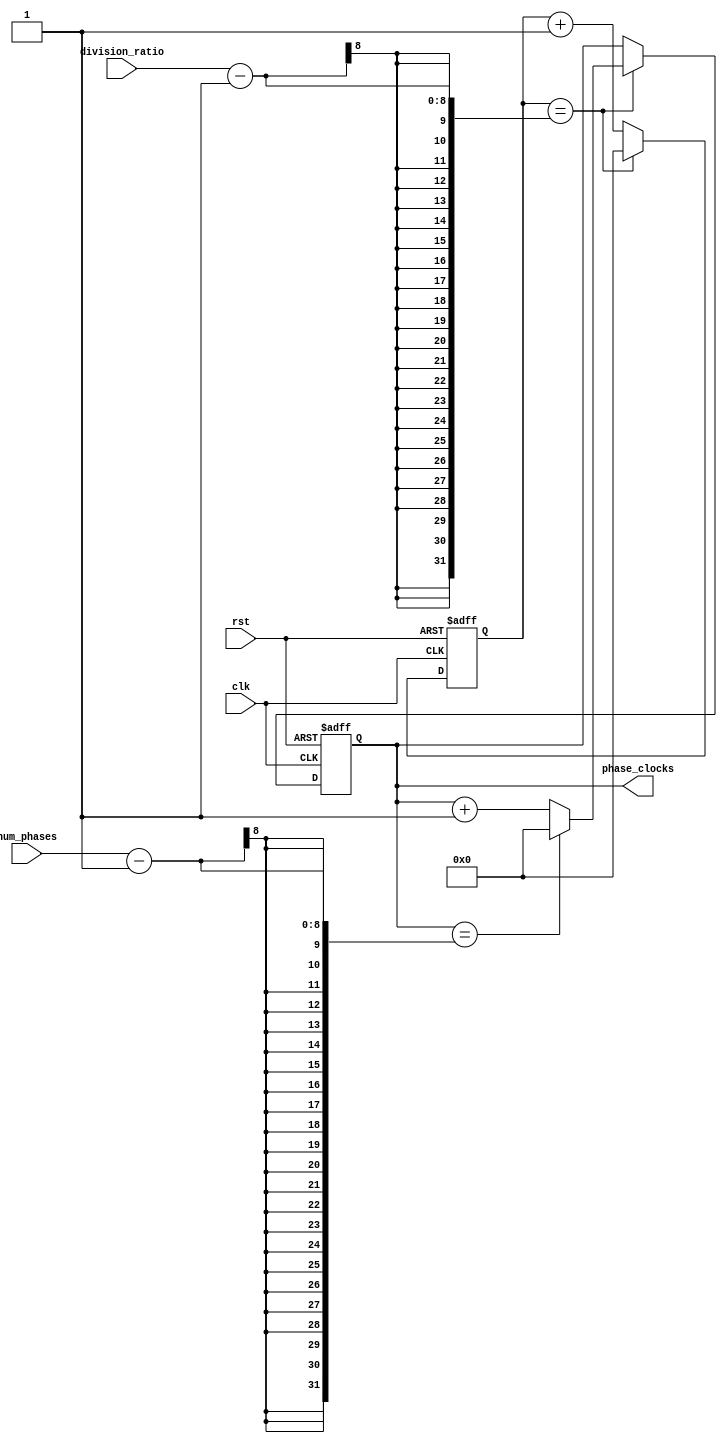
module multi_phase_clock_divider (
    input clk,
    input rst,
    input [7:0] num_phases,
    input [7:0] division_ratio,
    output reg [7:0] phase_clocks
);

reg [7:0] counter;

always @(posedge clk or posedge rst) begin
    if (rst) begin
        counter <= 0;
        phase_clocks <= 0;
    end else begin
        if (counter == division_ratio - 1) begin
            if (phase_clocks == num_phases - 1) begin
                phase_clocks <= 0;
            end else begin
                phase_clocks <= phase_clocks + 1;
            end
            counter <= 0;
        end else begin
            counter <= counter + 1;
        end
    end
end

endmodule